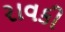
રાવકી